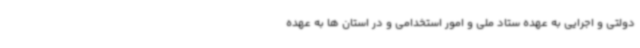
دولتی و اجرایی به عهده ستاد ملی و امور استخدامی و در استان ها به عهده